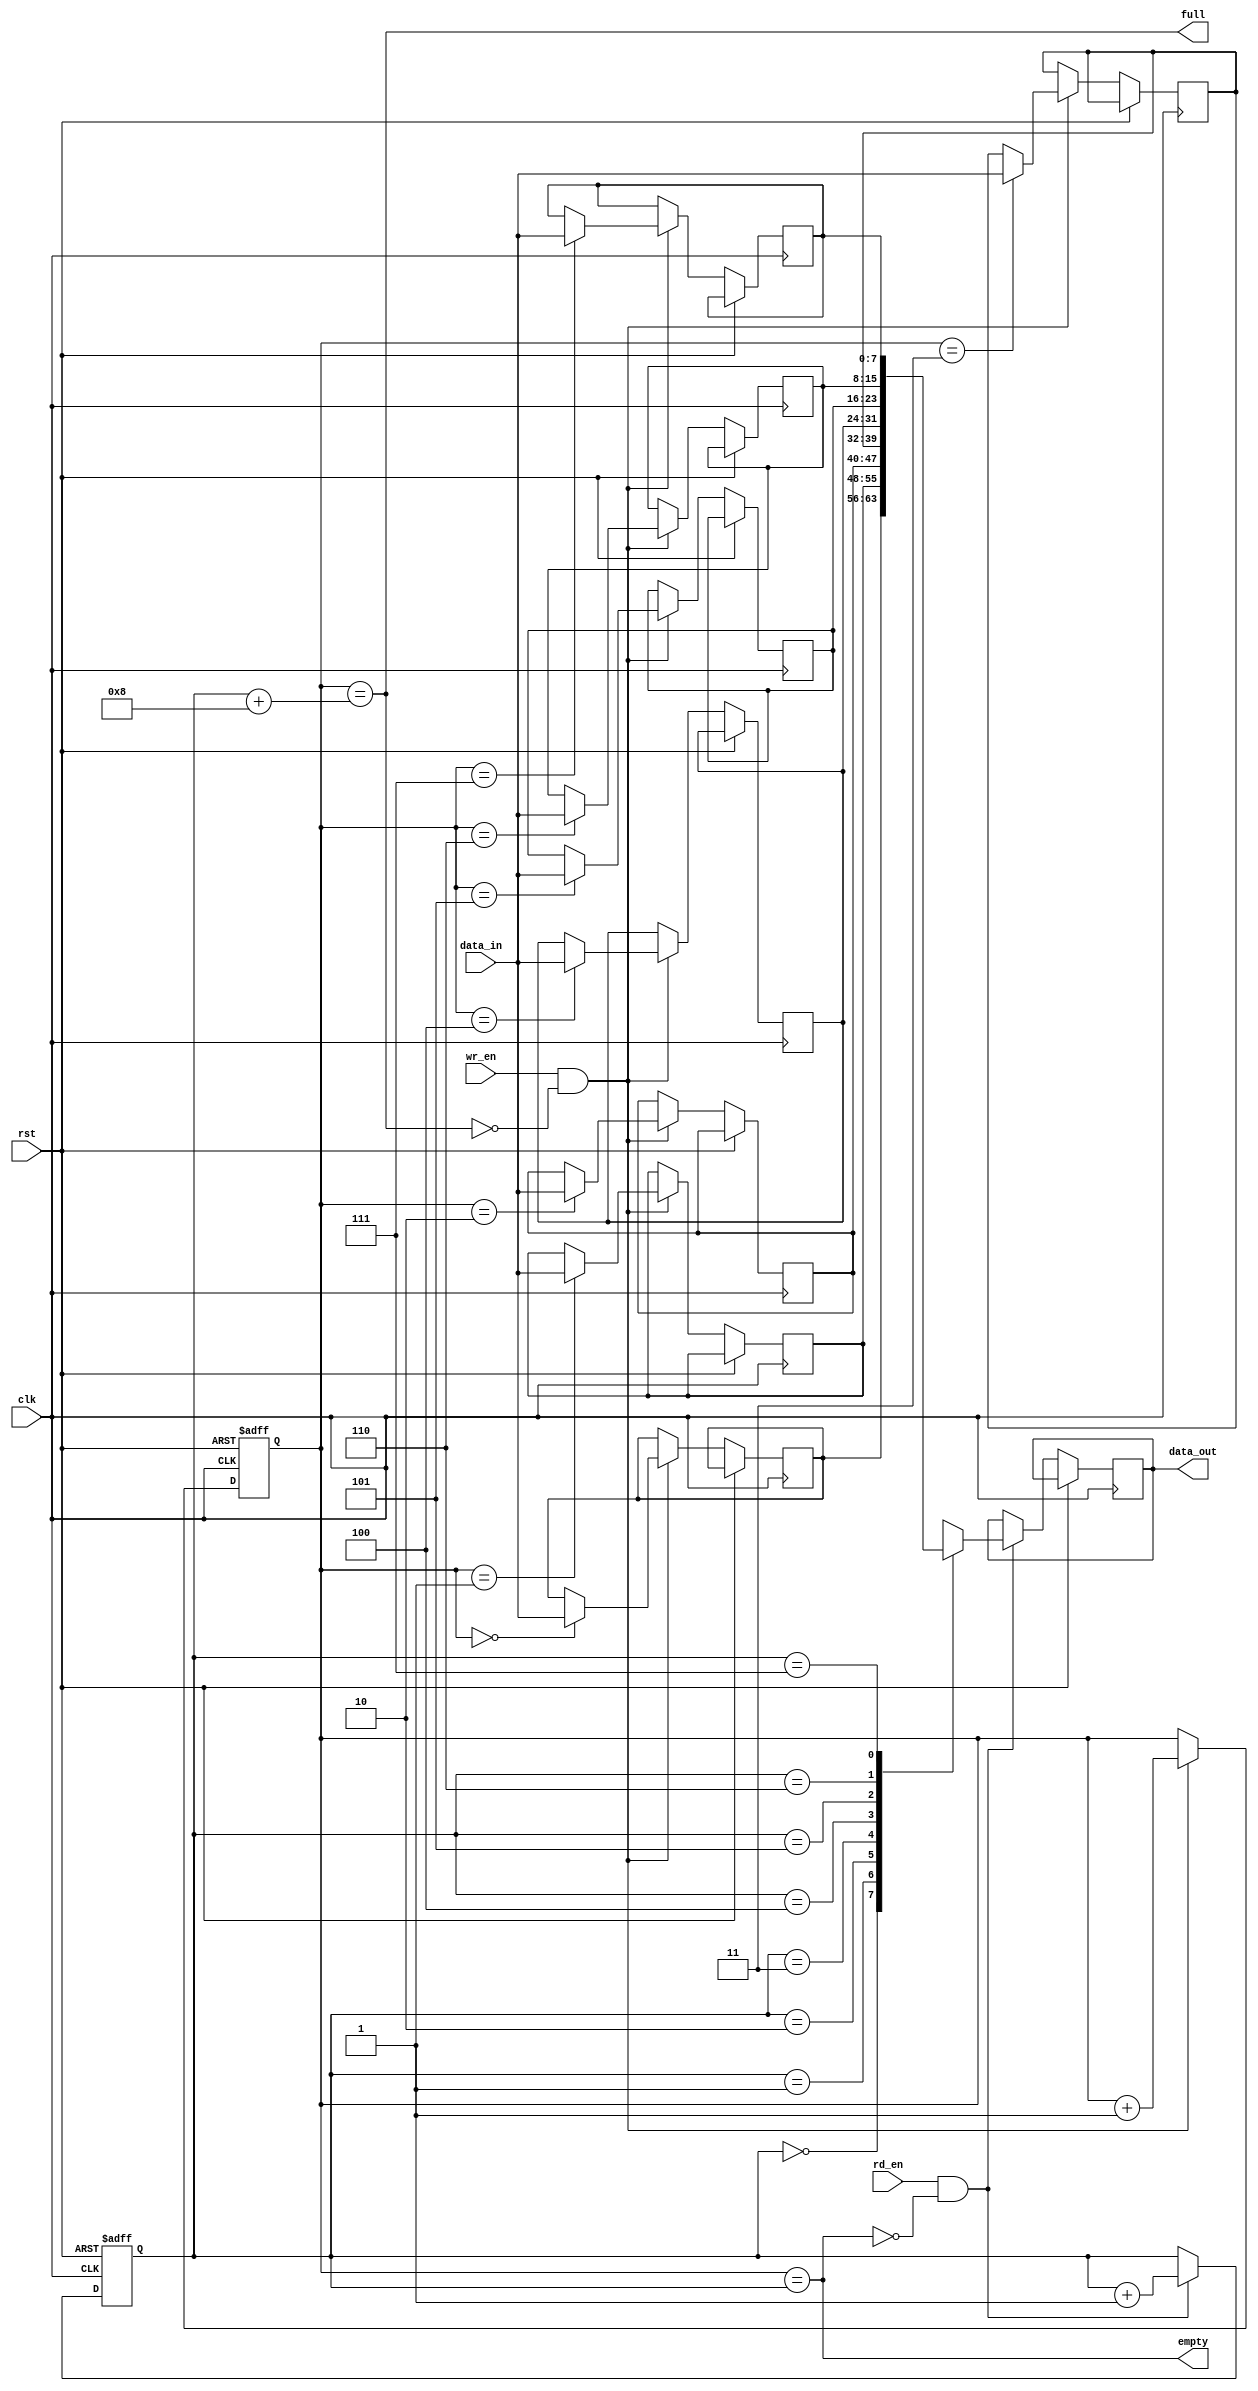
module first_word_fall_through_fifo (
    input wire clk,
    input wire rst,
    input wire wr_en,
    input wire rd_en,
    input wire [7:0] data_in,
    output wire [7:0] data_out,
    output wire empty,
    output wire full
);

parameter DEPTH = 8;
reg [7:0] buffer [0:DEPTH-1];
reg [2:0] wr_ptr;
reg [2:0] rd_ptr;

always @(posedge clk or posedge rst) begin
    if (rst) begin
        wr_ptr <= 3'b000;
        rd_ptr <= 3'b000;
    end else begin
        if (wr_en && ~full) begin
            buffer[wr_ptr] <= data_in;
            wr_ptr <= wr_ptr + 1;
        end
        if (rd_en && ~empty) begin
            data_out <= buffer[rd_ptr];
            rd_ptr <= rd_ptr + 1;
        end
    end
end

assign empty = wr_ptr == rd_ptr;
assign full = wr_ptr == rd_ptr + DEPTH;

endmodule